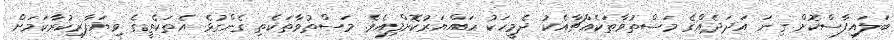
ބަލައިފާސްކޮށް ގިނަ އަދަދެއްގެ މަސްތުވާތަކެއްޗާއެކު ދެމީހަކު ހައްޔަރުކޮށްފިއެވެ. މަސްތުވާތަކެތި ގެންގުޅެ އެތަކެތީގެ ވިޔަފާރިކުރާކަމަށް